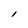
Character: I